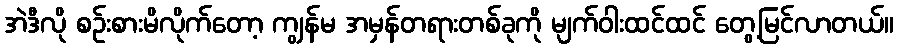
အဲဒီလို စဉ်းစားမိလိုက်တော့ ကျွန်မ အမှန်တရားတစ်ခုကို မျက်ဝါးထင်ထင် တွေ့မြင်လာတယ်။